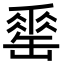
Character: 𦉈